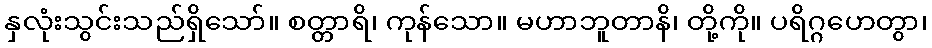
နှလုံးသွင်းသည်ရှိသော်။ စတ္တာရိ၊ ကုန်သော။ မဟာဘူတာနိ၊ တို့ကို။ ပရိဂ္ဂဟေတွာ၊